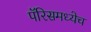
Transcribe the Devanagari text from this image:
पॅरिसमध्येच